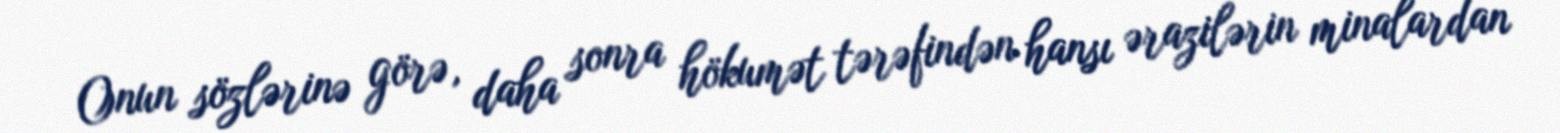
Onun sözlərinə görə, daha sonra hökumət tərəfindən hansı ərazilərin minalardan